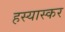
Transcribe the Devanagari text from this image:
हस्यास्कर